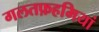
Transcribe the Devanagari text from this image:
गलतफ़हमियां